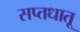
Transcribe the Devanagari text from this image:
सप्तधातू